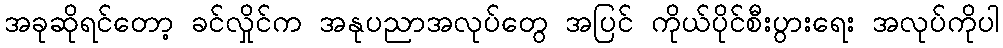
အခုဆိုရင်တော့ ခင်လှိုင်က အနုပညာအလုပ်တွေ အပြင် ကိုယ်ပိုင်စီးပွားရေး အလုပ်ကိုပါ